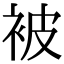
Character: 被